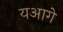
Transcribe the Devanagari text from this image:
यआगे